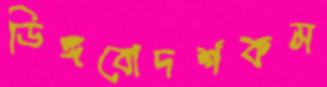
ডিঙ্গবোদর্শকম